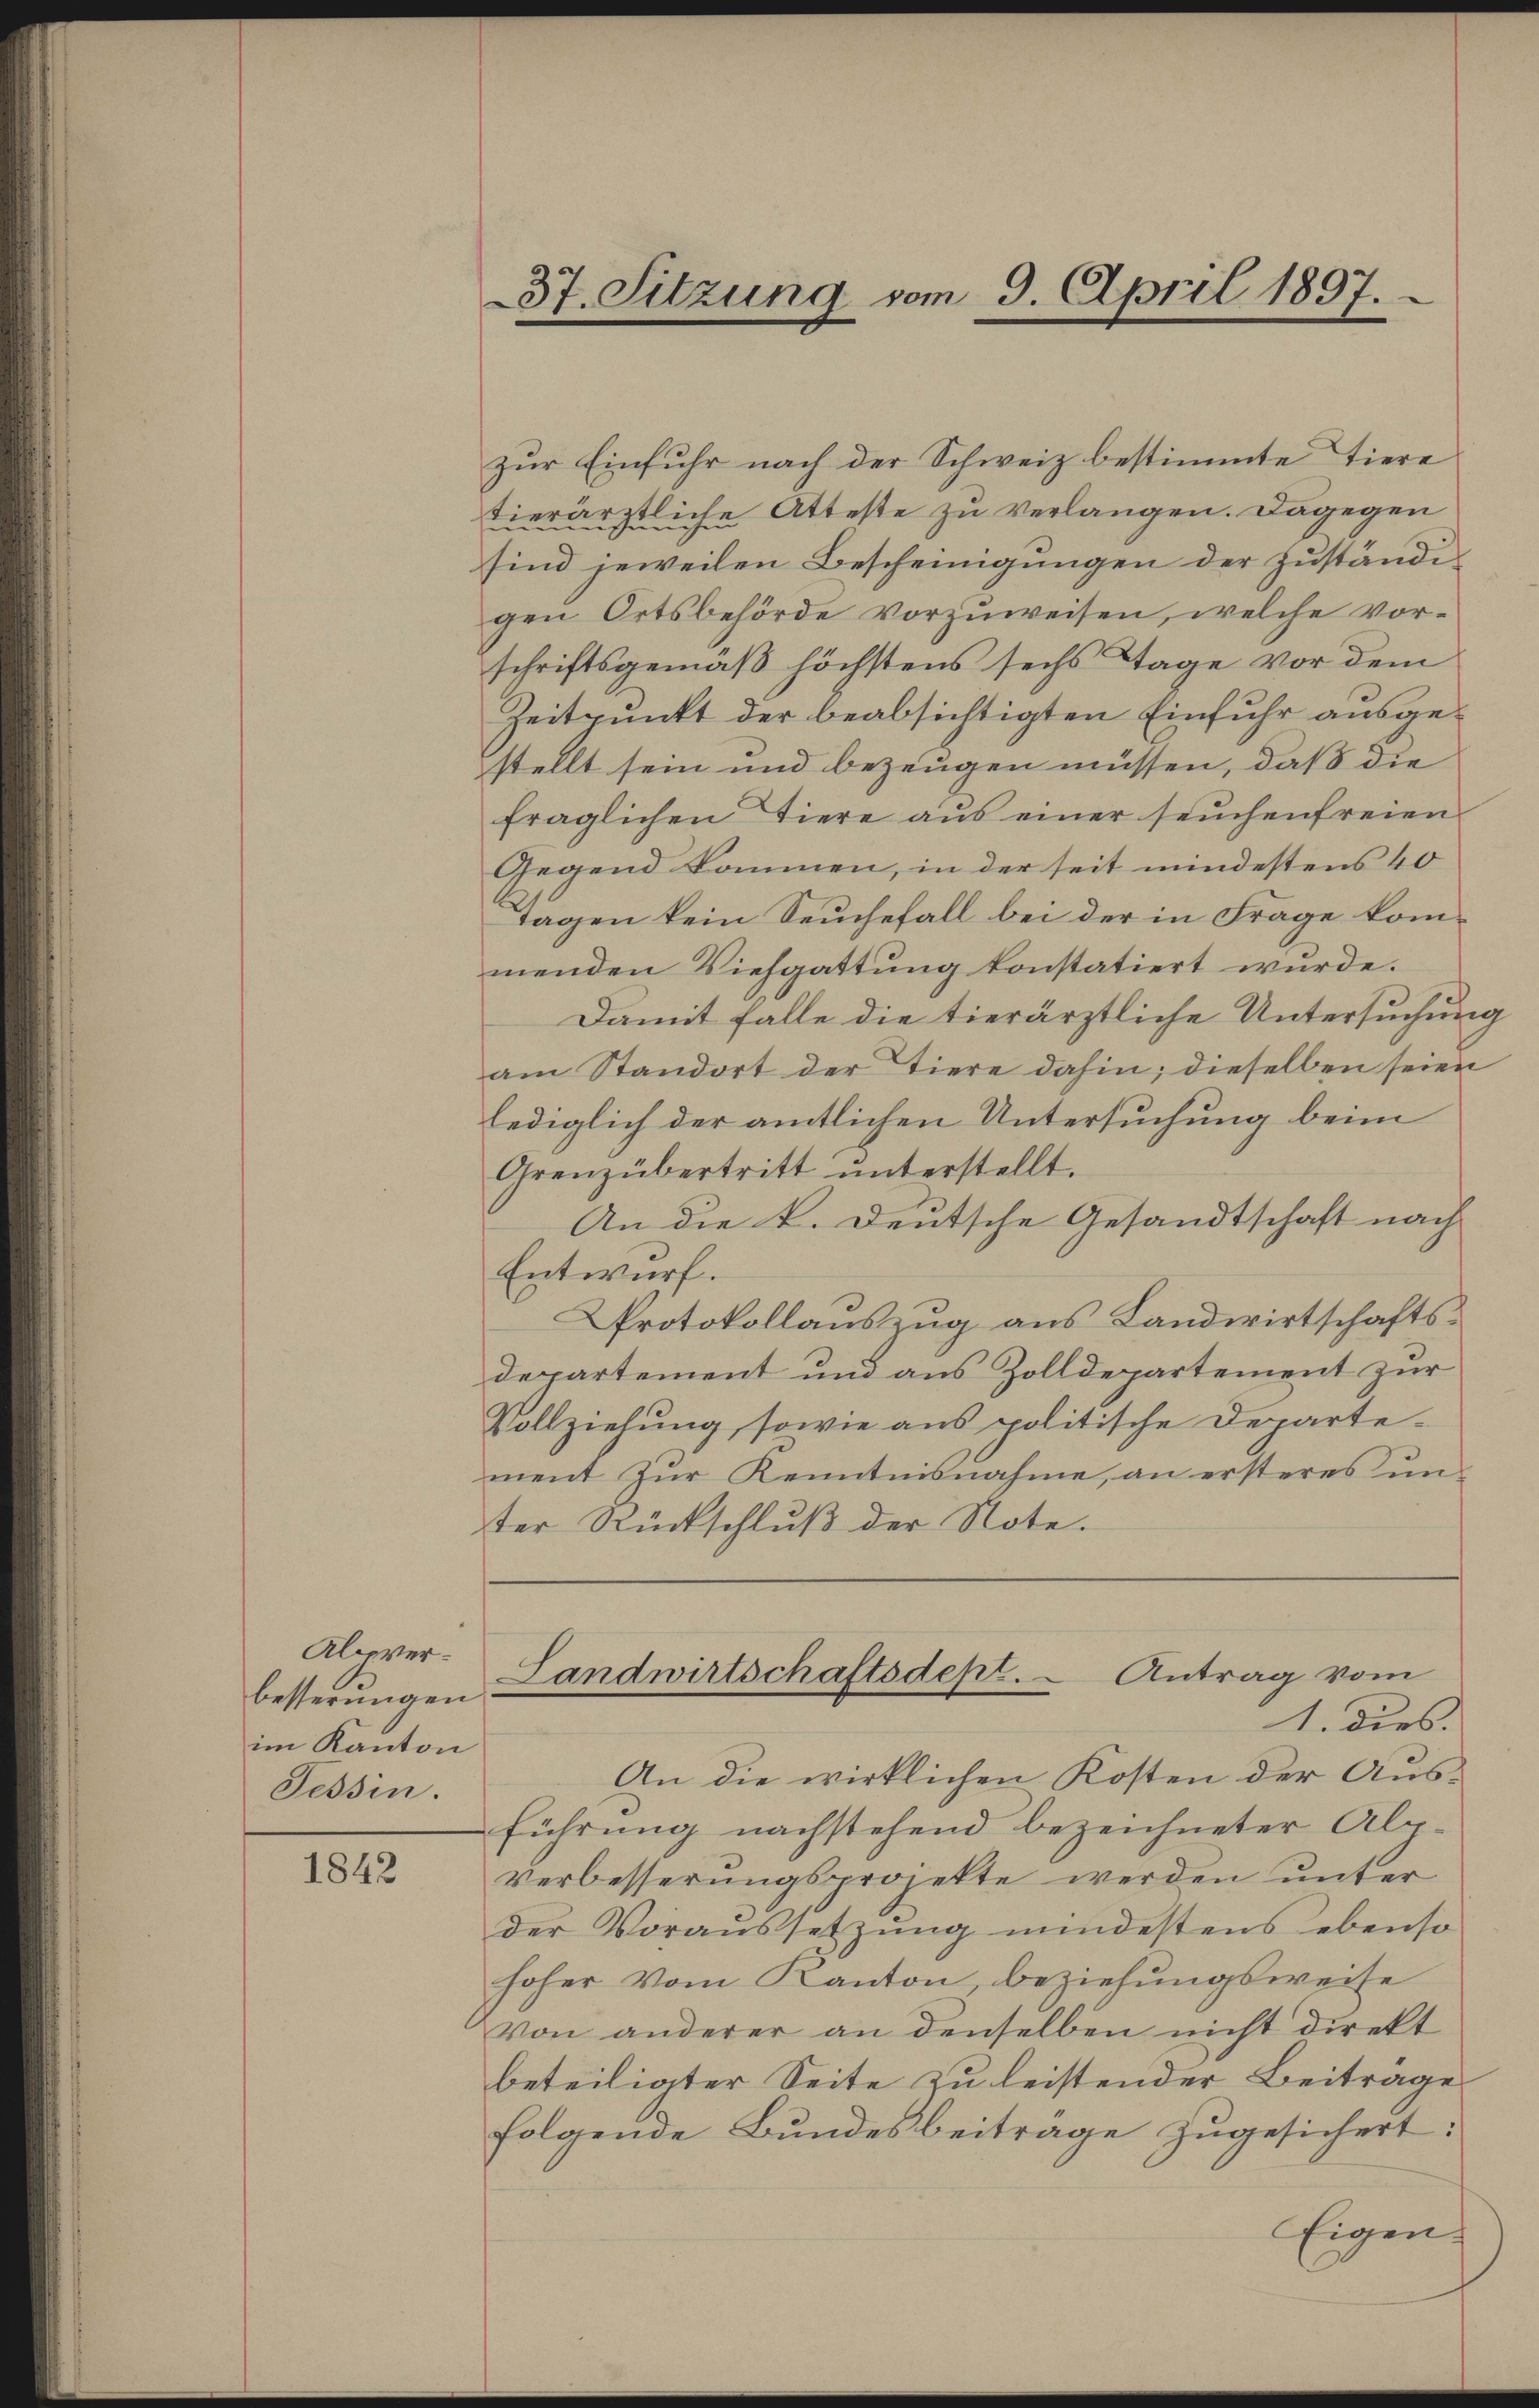
Alpverbesserungen
im Kanton
Tessin.

1842

37. Sitzung vom 9. April 1897.

zur Einfuhr nach der Schweiz bestimmte Tiere
tierärztliche Atteste zu verlangen. Dagegen
sind jeweilen Bescheinigungen der Zuständigen Ortsbehörde vorzuweisen, welche vorschriftsgemäß höchstens sechs Tage vor dem
Zeitpunkt der beabsichtigten Einfuhr ausgestellt sein und bezeugen müssen, daß die
fraglichen Tiere aus einer seuchenfreien
Gegend kommen, in der seit mindestens 40
tagen kein Seuchefall bei der in Frage kommenden Viehgattung konstatiert würde.
Damit falle die tierärztliche Untersuchung
am Standort der Tiere dahin; dieselben seien
lediglich der amtlichen Untersuchung beim
Grenzübertritt ŭnterstellt.
An die k. deutsche Gesandtschaft nach
Entwurf.
Protokollauszug aus Landwirtschaftsdepartement und aus Zolldepartement zur
Vollziehung, sowie aus politische Departement zur Kenntnisnahme, an ersteres unter Rückschluß der Note.
Landwirtschaftsdept.  Antrag vom
1. dies
An die wirklichen Kosten der Ausführung nachstehend bezeichneter Alp-
verbesserungsprojekte werden unter
der Voraŭssetzŭng mindestens ebenso
hoher vom Kanton, beziehungsweise
Von anderer an denselben nicht direkt
beteiligter Seite zu leistender Beitrage
folgende Bundesbeitrage zugesichert:
Eigen.